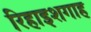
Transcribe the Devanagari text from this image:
रिहाइशगाह